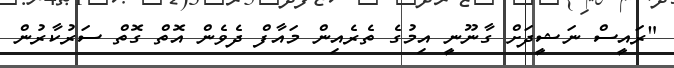
"ރައީސް ނަޝީދަށް ގާނޫނީ އިމުގެ ތެރެއިން މައާފް ދެވެން އޮތް ގޮތް ސަރުކާރުން